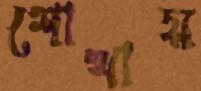
শোখায়